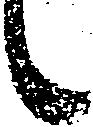
候